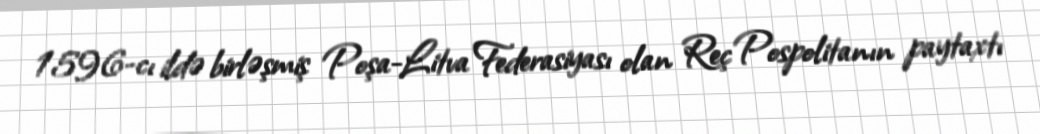
1596-cı ildə birləşmiş Poşa-Litva Federasiyası olan Reç Pospolitanın paytaxtı